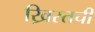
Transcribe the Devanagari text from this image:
ख्रिस्तची